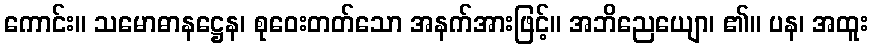
ကောင်း။ သမောဓာနဋ္ဌေန၊ စုဝေးတတ်သော အနက်အားဖြင့်။ အဘိညေယျော၊ ၏။ ပန၊ အထူး